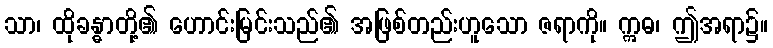
သာ၊ ထိုခန္ဓာတို့၏ ဟောင်းမြင်းသည်၏ အဖြစ်တည်းဟူသော ဇရာကို။ ဣဓ၊ ဤအရာ၌။